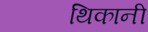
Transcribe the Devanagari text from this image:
थिकानी